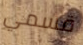
قسمي